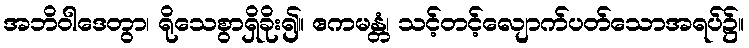
အဘိဝါဒေတွာ၊ ရိုသေစွာရှိခိုး၍။ ဧကမန္တံ၊ သင့်တင့်လျောက်ပတ်သောအရပ်၌။